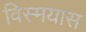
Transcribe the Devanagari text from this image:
विस्मयास